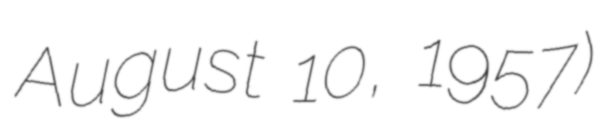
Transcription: August 10, 1957)